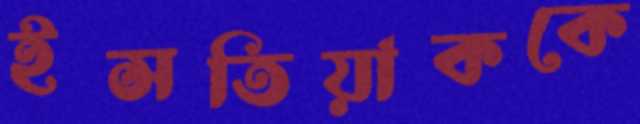
ইসতিয়াককে